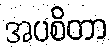
အပစိတာ